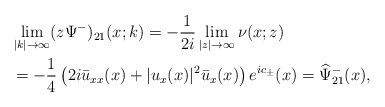
\begin{align*}\begin{aligned}&\lim _{|k| \rightarrow \infty} (z\Psi^-)_{21}(x ;k)=-\frac{1}{2i} \lim _{|z| \rightarrow \infty} \nu(x;z)\\&=-\frac{1}{4}\left(2 i \bar{u}_{xx}(x)+|u_x(x)|^{2} \bar{u}_x(x)\right) e^{ic_\pm}(x)=\widehat{\Psi}^-_{21}(x),\end{aligned}\end{align*}